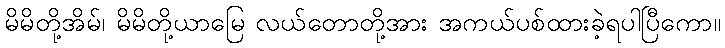
မိမိတို့အိမ်၊ မိမိတို့ယာမြေ လယ်တောတို့အား အကယ်ပစ်ထားခဲ့ရပါပြီကော။